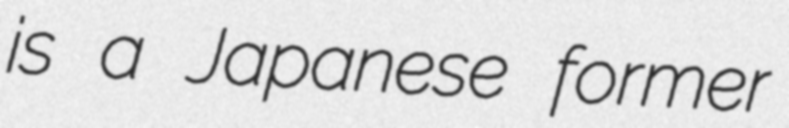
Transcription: is a Japanese former